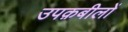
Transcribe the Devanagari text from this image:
उपक़बीलों